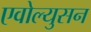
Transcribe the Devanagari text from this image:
एवोल्युसन